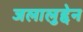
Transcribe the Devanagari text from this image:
जलालुद्देन